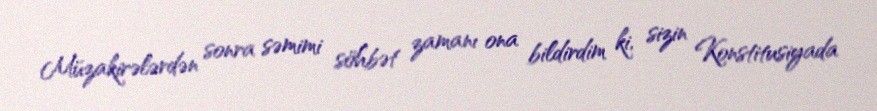
Müzakirələrdən sonra səmimi söhbət zamanı ona bildirdim ki, sizin Konstitusiyada